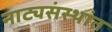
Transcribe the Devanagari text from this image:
नाट्यसंस्थांत